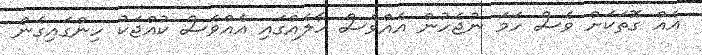
އެއް ގޮތަކަށް ވެސް ހަމަ ނުޖެހުން އެއްވެސް ހާލެއްގައި އެއްވެސް ކުއްޖަކު ހިންގައިގެން